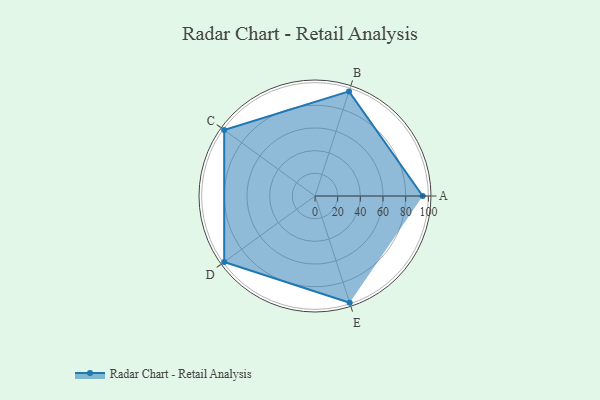
{"axis": {"x": "Skill", "y": "Score"}, "legend": ["Profile"], "data": [{"x": "A", "y": 95.0, "type": "Profile"}, {"x": "B", "y": 97.0, "type": "Profile"}, {"x": "C", "y": 99.0, "type": "Profile"}, {"x": "D", "y": 99, "type": "Profile"}, {"x": "E", "y": 99, "type": "Profile"}]}